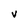
Character: V